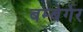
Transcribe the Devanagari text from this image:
बम्बेर्गेर